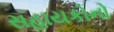
સહાયકોનો